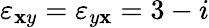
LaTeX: \varepsilon_{\mathbf{x}y}=\varepsilon_{y\mathbf{x}}=3-i